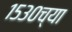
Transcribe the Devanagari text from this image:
१५३०च्या